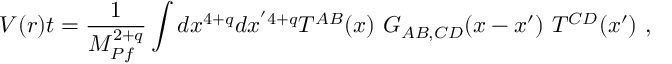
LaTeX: V ( r ) t = { \frac { 1 } { M _ { P f } ^ { 2 + q } } } \int d x ^ { 4 + q } d x ^ { ' 4 + q } T ^ { A B } ( x ) ~ G _ { A B , C D } ( x - x ^ { \prime } ) ~ T ^ { C D } ( x ^ { \prime } ) ~ ,